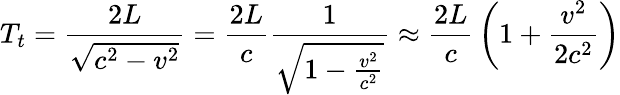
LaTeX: T_{t}={\frac{2L}{\sqrt{c^{2}-v^{2}}}}={\frac{2L}{c}}{\frac{1}{\sqrt{1-{\frac{v^{2}}{c^{2}}}}}}\approx{\frac{2L}{c}}\left(1+{\frac{v^{2}}{2c^{2}}}\right)